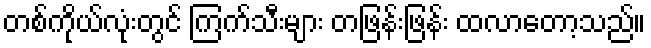
တစ်ကိုယ်လုံးတွင် ကြက်သီးများ တဖြန်းဖြန်း ထလာတော့သည်။